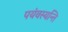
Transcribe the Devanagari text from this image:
पयंवस्यन्ति